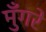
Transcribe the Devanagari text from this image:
मुँगरे